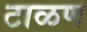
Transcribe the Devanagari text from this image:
टाळण